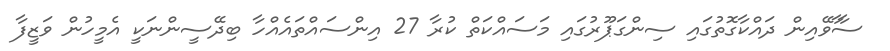
ސާާވޭއިން ދައްކާގޮތުގައި ސިންގަޕޫރުގައި މަސައްކަތް ކުރާ 27 އިންސައްތައެއްހާ ބިދޭސީންނަކީ އެމީހުން ވަޒީފާ